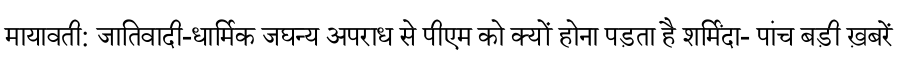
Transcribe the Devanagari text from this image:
मायावती: जातिवादी-धार्मिक जघन्य अपराध से पीएम को क्यों होना पड़ता है शर्मिंदा- पांच बड़ी ख़बरें